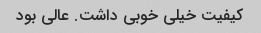
کیفیت خیلی خوبی داشت. عالی بود